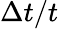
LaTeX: \Delta t/t